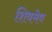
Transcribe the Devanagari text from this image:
शिवमेव